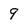
Character: 9